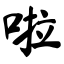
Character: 啦